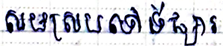
សមស្របទៅទីផ្សារ